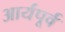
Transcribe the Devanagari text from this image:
आर्यपूर्व